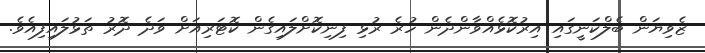
ޒެވިޔަން ބެލްކަނީގައި އިރުކޮޅެއްވާންދެން ހުރެ ރުޅި ފިނިކޮށްލައިގެން ކޮޓަރިއަށް ވަދެ ދޮރު ތަޅުލައިފިއެވެ.